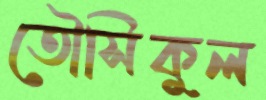
তৌসিকুল